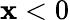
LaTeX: \mathbf{x}<0